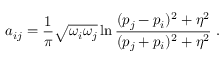
a _ { i j } = \frac { 1 } { \pi } \sqrt { \omega _ { i } \omega _ { j } } \ln \frac { ( p _ { j } - p _ { i } ) ^ { 2 } + \eta ^ { 2 } } { ( p _ { j } + p _ { i } ) ^ { 2 } + \eta ^ { 2 } } ~ .